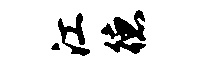
江德